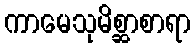
ကာမေသုမိစ္ဆာစာရာ